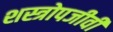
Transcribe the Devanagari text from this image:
शस्त्रोपजीवी